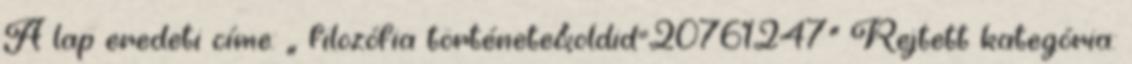
A lap eredeti címe: „ filozófia története&oldid=20761247” Rejtett kategória: